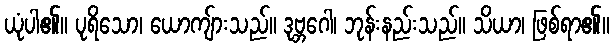
ယုံပါ၏။ ပုရိသော၊ ယောကျ်ားသည်။ ဒုဗ္ဘဂေါ၊ ဘုန်းနည်းသည်။ သိယာ၊ ဖြစ်ရာ၏။